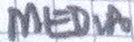
MEDiA